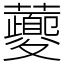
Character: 虁